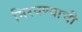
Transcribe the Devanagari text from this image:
मिरवण्याची